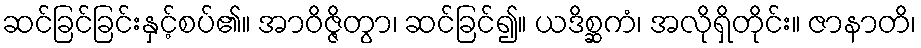
ဆင်ခြင်ခြင်းနှင့်စပ်၏။ အာဝိဇ္ဇိတွာ၊ ဆင်ခြင်၍။ ယဒိစ္ဆကံ၊ အလိုရှိတိုင်း။ ဇာနာတိ၊